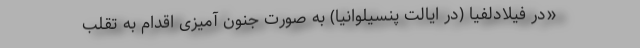
«در فیلادلفیا (در ایالت پنسیلوانیا) به صورت جنون آمیزی اقدام به تقلب